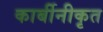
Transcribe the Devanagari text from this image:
कार्बीनीकृत